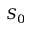
S _ { 0 }